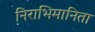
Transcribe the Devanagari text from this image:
निराभिमानिता